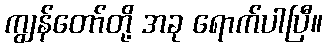
ကျွန်တော်တို့ အခု ရောက်ပါပြီ။